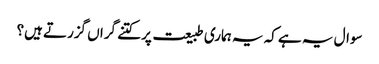
سوال یہ ہے کہ یہ ہماری طبیعت پر کتنے گراں گزرتے ہیں؟